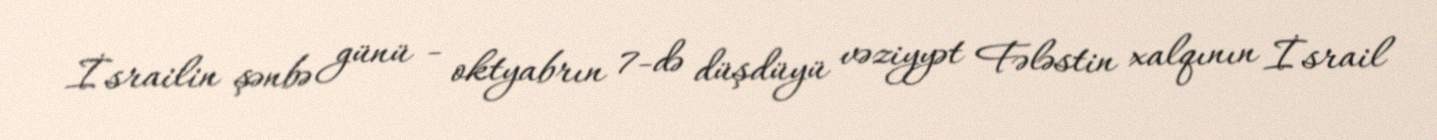
İsrailin şənbə günü - oktyabrın 7-də düşdüyü vəziyyət Fələstin xalqının İsrail